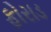
ફોરાડ